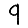
Digit: 9